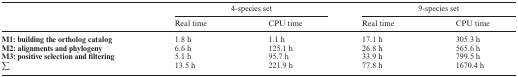
|  | <COLSPAN=2> 4-species set | <COLSPAN=2> 9-species set |
 |  | Real time | CPU time | Real time | CPU time |
 | --- | --- | --- | --- | --- |
 | M1: building the ortholog catalog | 1.8 h | 1.1 h | 17.1 h | 305.3 h |
 | M2: alignments and phylogeny | 6.6 h | 125.1 h | 26.8 h | 565.6 h |
 | M3: positive selection and filtering | 5.1 h | 95.7 h | 33.9 h | 799.5 h |
 | ∑ | 13.5 h | 221.9 h | 77.8 h | 1670.4 h |